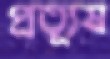
প্রত্যূষ